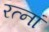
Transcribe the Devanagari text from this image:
रत्‍नां